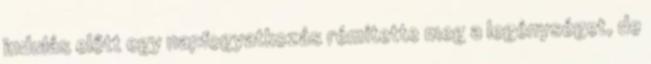
indulás előtt egy napfogyatkozás rémítette meg a legénységet, de